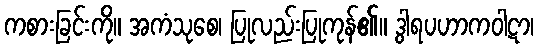
ကစားခြင်းကို။ အကံသုစေ၊ ပြုလည်းပြုကုန်၏။ ဒွါရပဟာကဝါဋာ၊